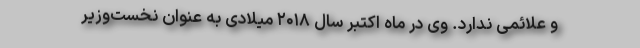
و علائمی ندارد. وی در ماه اکتبر سال ۲۰۱۸ میلادی به عنوان نخست‌وزیر